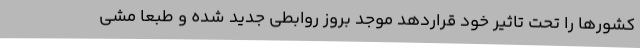
کشورها را تحت تاثیر خود قراردهد موجد بروز روابطی جدید شده و طبعا مشی